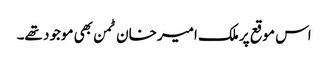
اس موقع پر ملک امیر خان ٹمن بھی موجود تھے۔